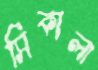
সিকালা